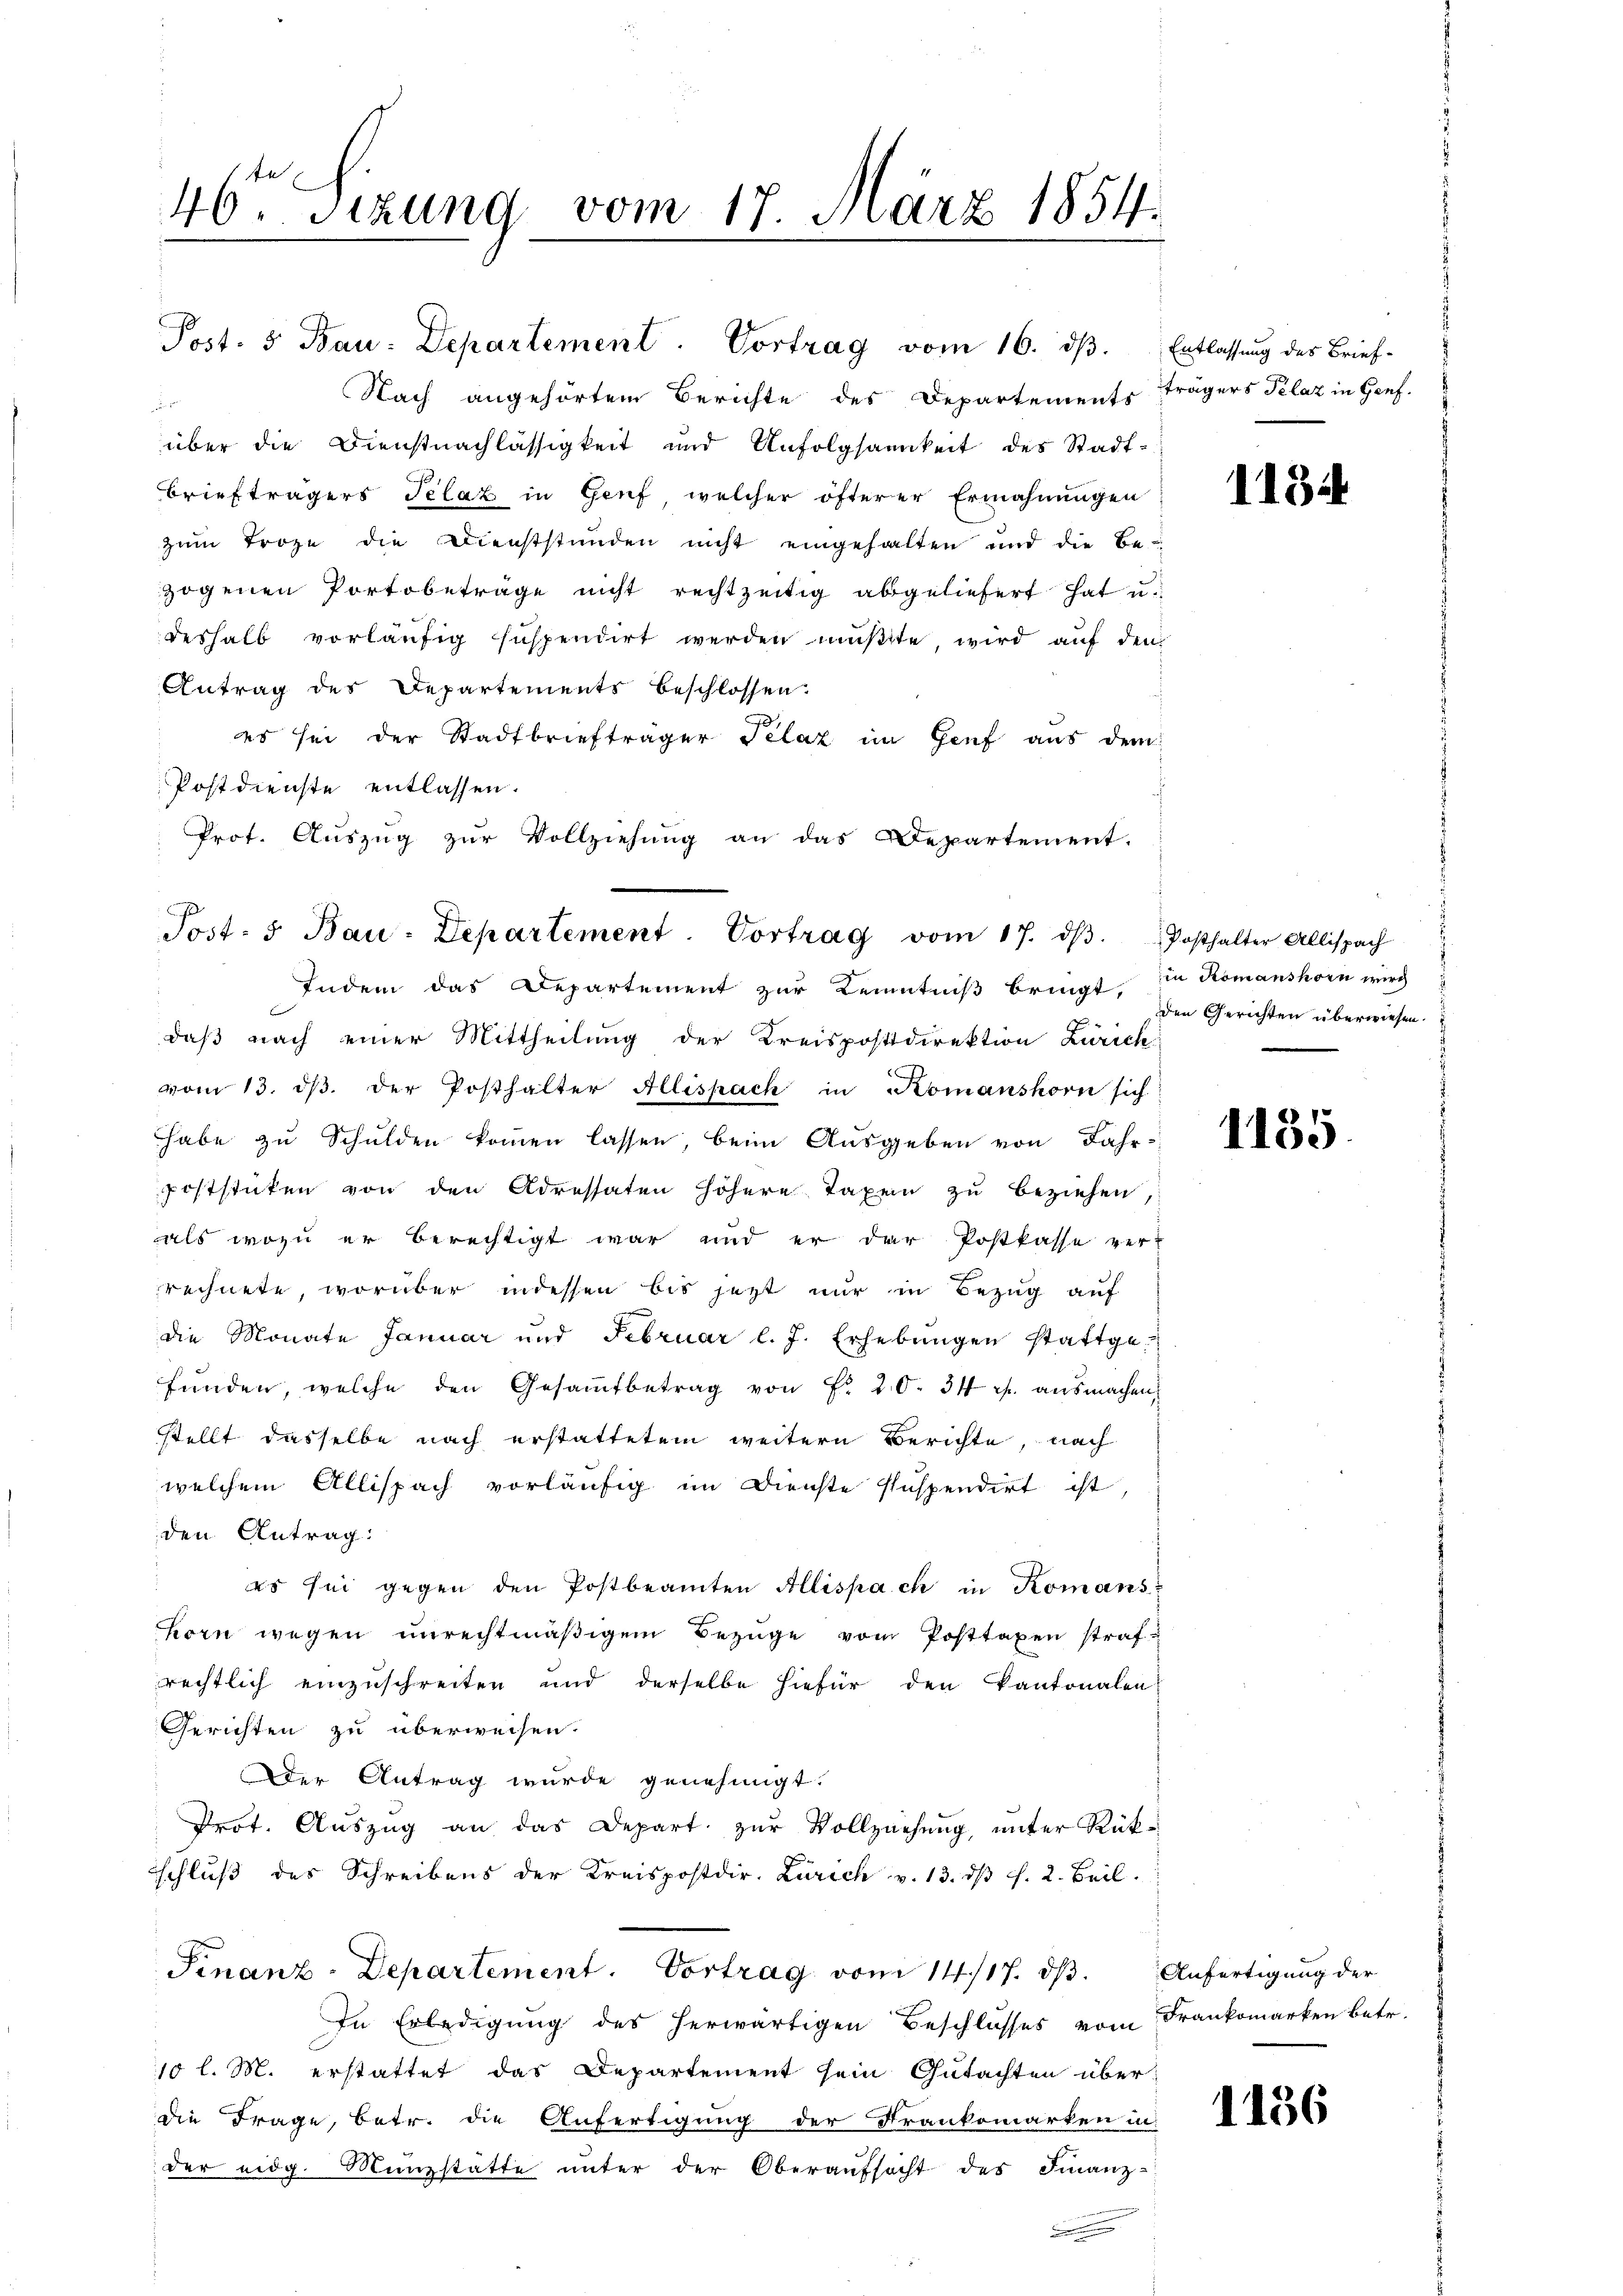
.
46. Sitzung vom 17. März 1854.

Nach angehörtem Berichte des Departements trägers Plaz in Genf.

über die Dienstnachlässigkeit und Unfolgsamkeit des Stadt-
Briefträgers Telaz in Genf welcher öfterer Ermahnŭngen
zŭm Troge die Dienststunden nicht eingehalten und die Be-
zogenen Portobeträge nicht rechtzeitig abgeliefert hat u.
deshalb vorläufig suspendirt werden müßte wird auf den
Antrag des Departements beschlossen.
d.
es sei der Stadtbriefträger Sclat im Genf aus dem
Postdienste entlassen.
Prot. Auszug zur Vollziehung an das Departement.
Indem das Departement zur Kenntniß bringt, den Gerichten überwiesen.
daβ nach einer Mittheilung der Kreispostdirektion Zürich
vom 13. dβ. der Posthalter Allispach in Komanshorn sich
habe zu Schulden kommen lassen, beim Ausgeben von Jahr
poststicken von den Adressaten höhere Taxen zu beziehen,
als wozu er berechtigt war und er der Postkasse ver-
rechnete, worüber indessen bis jetzt nur in Bezug auf
die Monate Januar und Februar l. J. Erhebŭngen stattgefŭnden, welche den Gesamtbetrag von Fr. 20. 34 f. ausmachen,
stellt dasselbe nach erstattetem weitern Berichte, nach
welchem Allispach vorläufig im Dienste suspendirt ist,
den Antrag:
es sei gegen den Postbeamten Allispach in Komans
korn wegen unrechtmäßigem Bezüge vom Posttaxen strafrechtlich einzuschreiten und derselbe hiefür den Kantonalen
Gerichten zu überweisen.
Der Antrag wurde genehmigt.
Prof. Auszug an das Depart zur Vollziehung, unter Rükschluß des Schreibens der Kreispostdir. Zürich v. 13. dβ f. 2. Beil.
Finanz-Departement. Vortrag vom 14./17. ds. Anfertigung der
In Erledigung des herwärtigen Beschlosses vom Frankomarken betr.
10 l. M. erstattet das Departement sein Gutachten über
die Frage, betr. die Anfertigung der Frankomarten in
der eidg. Münzstatte unter der Oberaufsacht des Finanz-
.

Post. 5 Bau-Departement. Vortrag vom 16. dβ. Entlassung des Brief-

Post- 5. Bau-Departement. Vortrag vom 17. dβ. Posthalter Allispach

1184

in Romanshorn wird

1135

1156